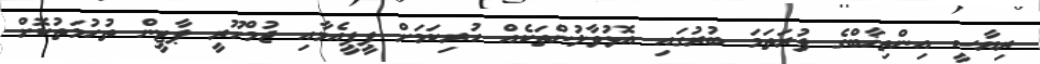
ރިޔާސީ އިންތިޚާބްގެ ފުރަތަމަ ބުރުގައި އޮޅުވާލުންތަކެއް ހުރިކަމަށް ޕީޕީއެމާއި ޖުމްހޫރީ ޕާޓީން ތުހުމަތުކޮށް